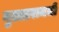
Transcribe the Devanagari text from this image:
गुल्लारामजी